Document type: Sale
Year: 1435
Scribe: Pere Soler
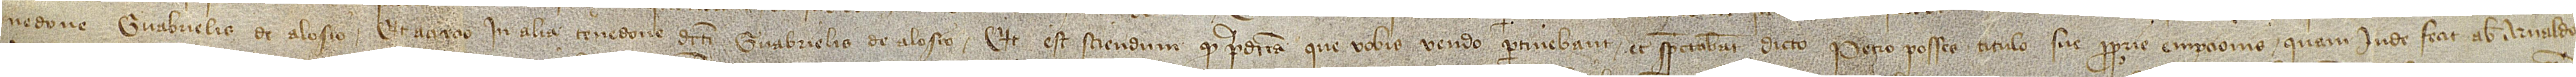
/ nedone Guabrielis de Alosio, et a circio in alia tenedone dicti Guabrielis de Alosio. Et est sciendum quod predicta que vobis vendo pertinebant et spectabant dicto Petro Posses titulo sue proprie empcionis quam inde fecit ab Arnaldo